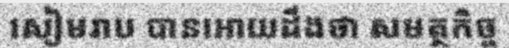
សៀមរាប បានអោយដឹងថា សមត្ថកិច្ច